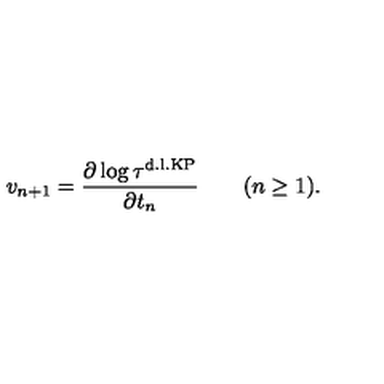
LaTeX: v _ { n + 1 } = \frac { \partial \log { \tau ^ { \mathrm { d . l . K P } } } } { \partial t _ { n } } \qquad ( n \geq 1 ) .